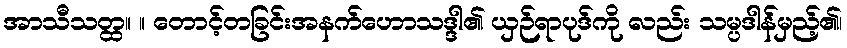
အာသီသတ္ထ။ ။ တောင့်တခြင်းအနက်ဟောသဒ္ဒါ၏ ယှဉ်ရာပုဒ်ကို လည်း သမ္ပဒါန်မှည့်၏၊